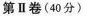
第Ⅱ卷(40分)